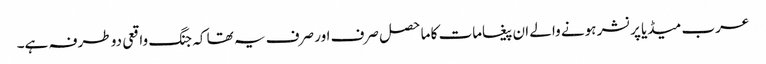
عرب میڈیا پرنشر ہونے والے ان پیغامات کا ماحصل صرف اور صرف یہ تھا کہ جنگ واقعی دو طرفہ ہے۔